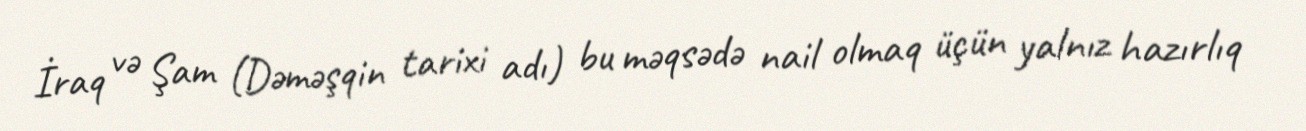
İraq və Şam (Dəməşqin tarixi adı) bu məqsədə nail olmaq üçün yalnız hazırlıq